Report on enteric fever
Disease focus: Fever
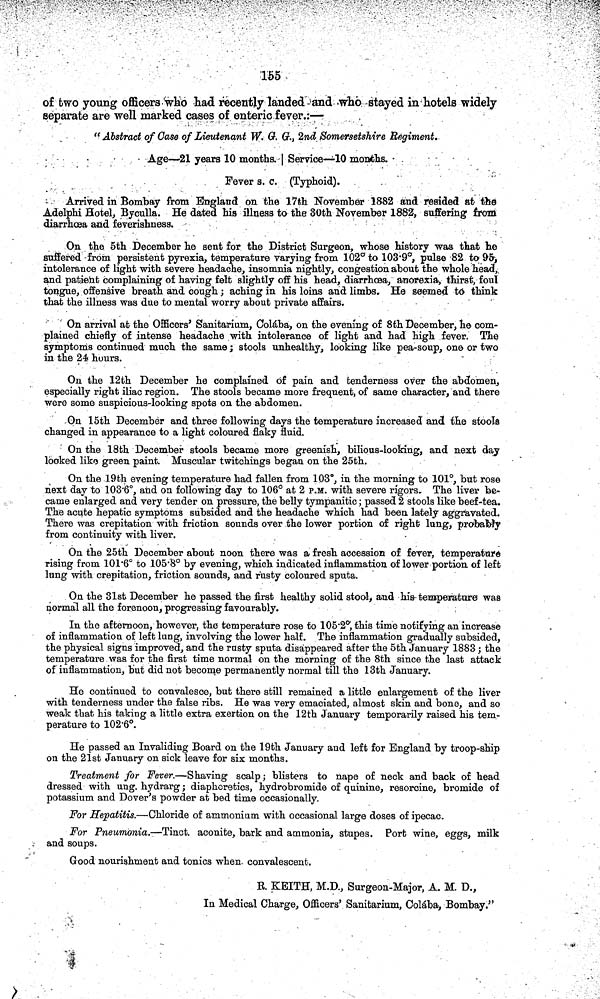
155
of two young officers who had recently landed and who stayed in hotels widely
separate are well marked cases of enteric fever.:—
" Abstract of Case of Lieutenant W. G. G., 2nd Somersetshire Regiment.
Age—21 years 10 months. | Service—10 months.
Fever s. c. (Typhoid).
Arrived in Bombay from England on the 17th November 1882 and resided at the
Adelphi Hotel, Byculla. He dated his illness to the 30th November 1882, suffering from
diarrhoea and feverishness.
On the 5th December he sent for the District Surgeon, whose history was that he
suffered from persistent pyrexia, temperature varying from 102° to 103 9°, pulse 82 to 95,
intolerance of light with severe headache, insomnia nightly, congestion about the whole head,
and patient complaining of having felt slightly off his head, diarrhoea, anorexia, thirst, foul
tongue, offensive breath and cough ; aching in his loins and limbs. He seemed to think
that the illness was due to mental worry about private affairs.
On arrival at the Officers' Sanitarium, Colába, on the evening of 8th December, he com-
plained chiefly of intense headache with intolerance of light and had high fever. The
symptoms continued much the same ; stools unhealthy, looking like pea-soup, on© or two
in the 24 hours.
On the 12th December he complained of pain and tenderness over the abdomen,
especially right iliac region. The stools became more frequent, of same character, and there
were some suspicious-looking spots on the abdomen.
On 15th December and three following days the temperature increased and the stools
changed in appearance to a light coloured flaky fluid.
On the 18th December stools became more greenish, bilious-looking, and next day
looked like green paint. Muscular twitchings began on the 25th.
On the 19th evening temperature had fallen from 103°, in the morning to 101°, but rose
next day to 103 6°, and on following day to 106° at 2 P.M. with severe rigors. The liver be-
came enlarged and very tender on pressure, the belly tympanitic; passed 2 stools like beef-tea.
The acute hepatic symptoms subsided and the headache which had been lately aggravated.
There was crepitation with friction sounds over the lower portion of right lung, probably
from continuity with liver.
On the 25th December about noon there was a fresh accession of fever, temperature
rising from 101 6° to 105 8° by evening, which indicated inflammation of lower portion of left
lung with crepitation, friction sounds, and rusty coloured sputa.
On the 31st December he passed the first healthy solid stool, and his temperature was
normal all the forenoon, progressing favourably.
In the afternoon, however, the temperature rose to 105 2°', this time notifying an increase
of inflammation of left lung, involving the lower half. The inflammation gradually subsided,
the physical signs improved, and the rusty sputa disappeared after the 5th January 1883 ; the
temperature was for the first time normal on the morning of the 8th since the last attack
of inflammation, but did not become permanently normal till the 13th January.
He continued to convalesce, but there still remained a little enlargement of the liver
with tenderness under the false ribs. He was very emaciated, almost skin and bone, and so
weak that his taking a little extra exertion on the 12th January temporarily raised his tem-
perature to 102 6°.
He passed an Invaliding Board on the 19th January and left for England by troop-ship
on the 21st January on sick leave for six months.
Treatment for Fever.—Shaving scalp ; blisters to nape of neck and back of head
dressed with ung. hydrarg; diaphoretics, hydrobromide of quinine, resorcine, bromide of
potassium and Dover's powder at bed time occasionally.
For Hepatitis.—Chloride of ammonium with occasional large doses of ipecac.
For Pneumonia.—Tinct. aconite, bark and ammonia, stupes. Port wine, eggs, milk
and soups.
Good nourishment and tonics when convalescent.
B. KEITH, M.D., Surgeon-Major, A. M. D.,
In Medical Charge, Officers' Sanitarium, Colába, Bombay."